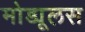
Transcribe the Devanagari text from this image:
मोड्यूलस